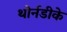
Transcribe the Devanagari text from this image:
थोर्नडीके